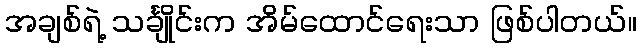
အချစ်ရဲ့ သင်္ချိုင်းက အိမ်ထောင်ရေးသာ ဖြစ်ပါတယ်။